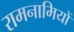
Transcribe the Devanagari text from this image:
रामनामियों